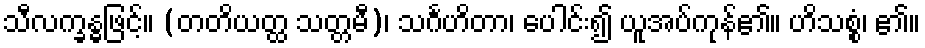
သီလက္ခန္ဓဖြင့်။ (တတိယတ္ထ သတ္တမီ)၊ သင်္ဂဟိတာ၊ ပေါင်း၍ ယူအပ်ကုန်၏။ ဟိသစ္စံ၊ ၏။